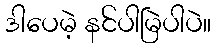
ဒါပေမဲ့ နင်ပါမြဲပါပဲ။